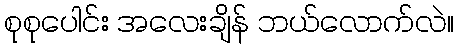
စုစုပေါင်း အလေးချိန် ဘယ်လောက်လဲ။